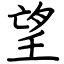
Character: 望